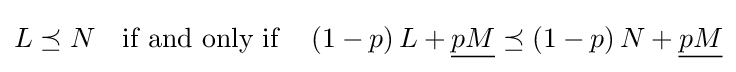
L\preceq N\quad {\text{if and only if}}\quad \,(1-p)\,L+{\underline {pM}}\preceq (1-p)\,N+{\underline {pM}}